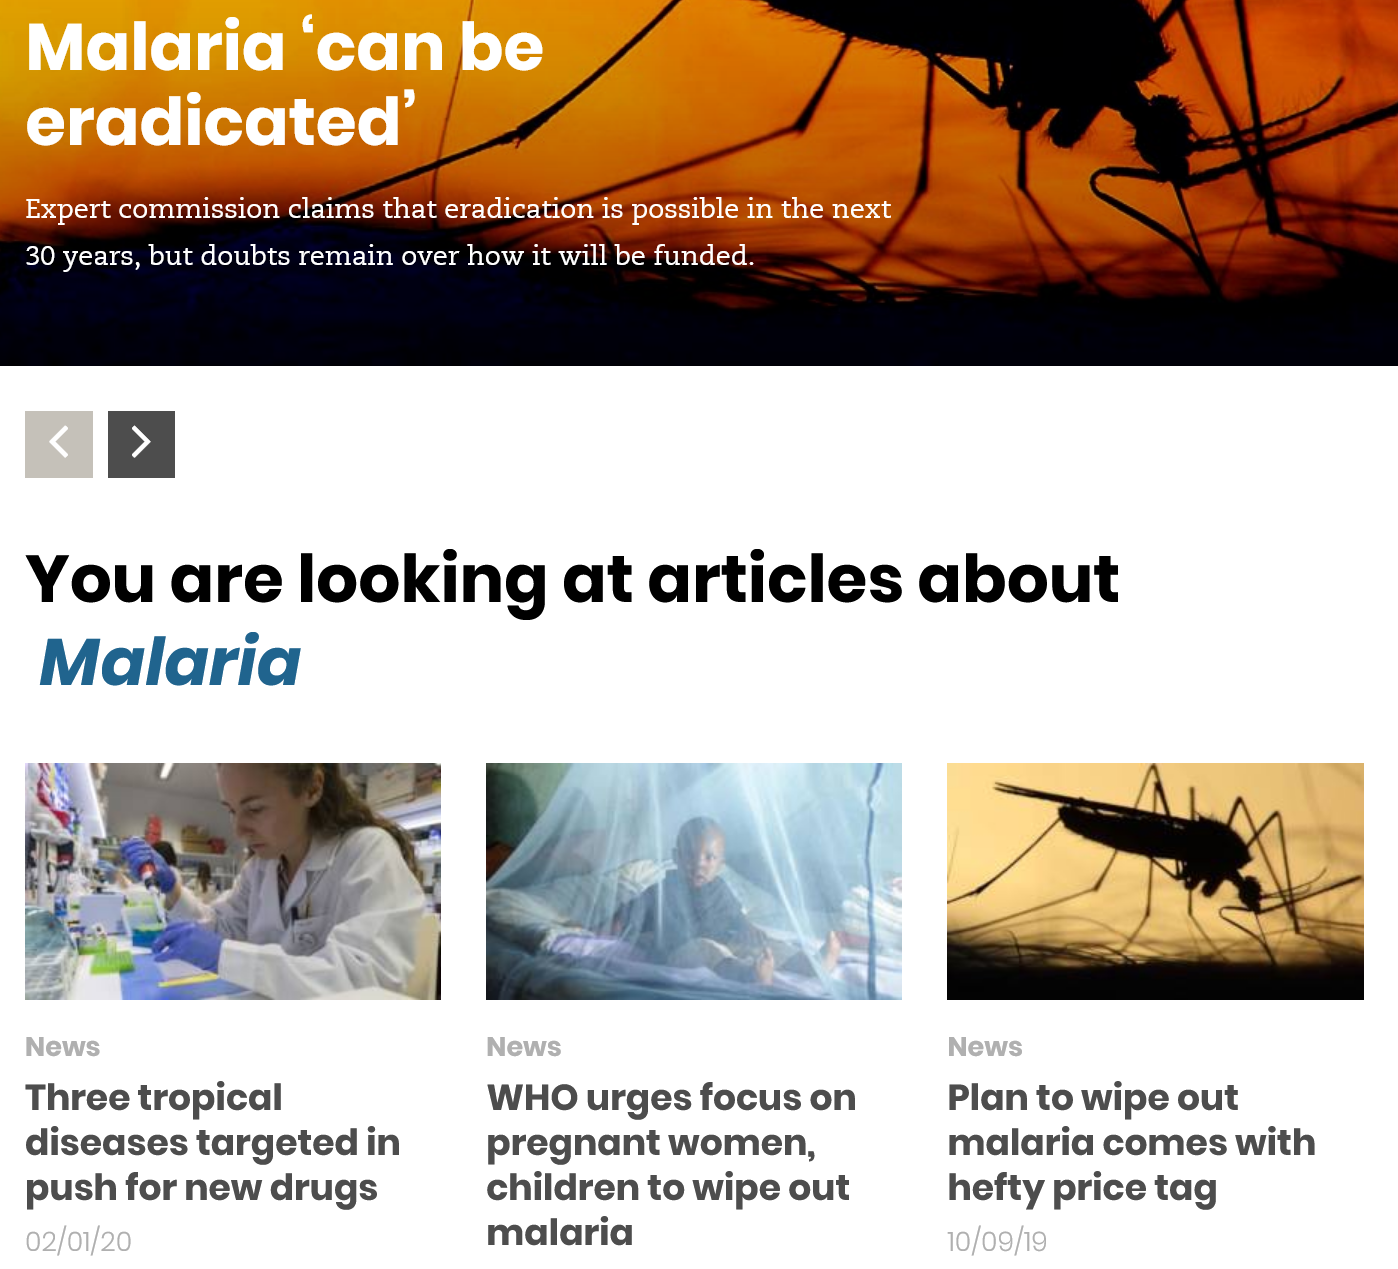
Malaria    ‘can    be
  eradicated
  Expert commission claims that eradication is possible in the next
  30 years, but doubts remain over how it will be funded.
  You    are    looking    at    articles    about
   Malaria
  News    News
     Plan  to wipe  out
     malaria   comes  with
     hefty  price tag
     News
     WHO urges   focus    on
     pregnant    women,
     children  to wipe   out
     malaria
  Three tropical
  diseases  targeted    in
  push   for new  drugs
  02/01/20    10/09/19